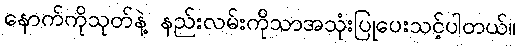
နောက်ကိုသုတ်နဲ့ နည်းလမ်းကိုသာအသုံးပြုပေးသင့်ပါတယ်။